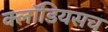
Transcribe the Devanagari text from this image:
क्लॉडियसच